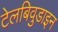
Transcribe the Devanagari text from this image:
टेलबिवुडाइन